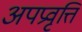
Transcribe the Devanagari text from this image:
अपप्रवृत्ति